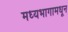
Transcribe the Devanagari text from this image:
मध्यभागामधून